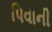
પિવાની